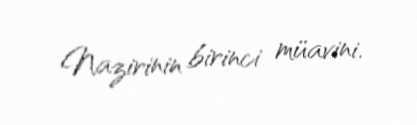
Nazirinin birinci müavini.